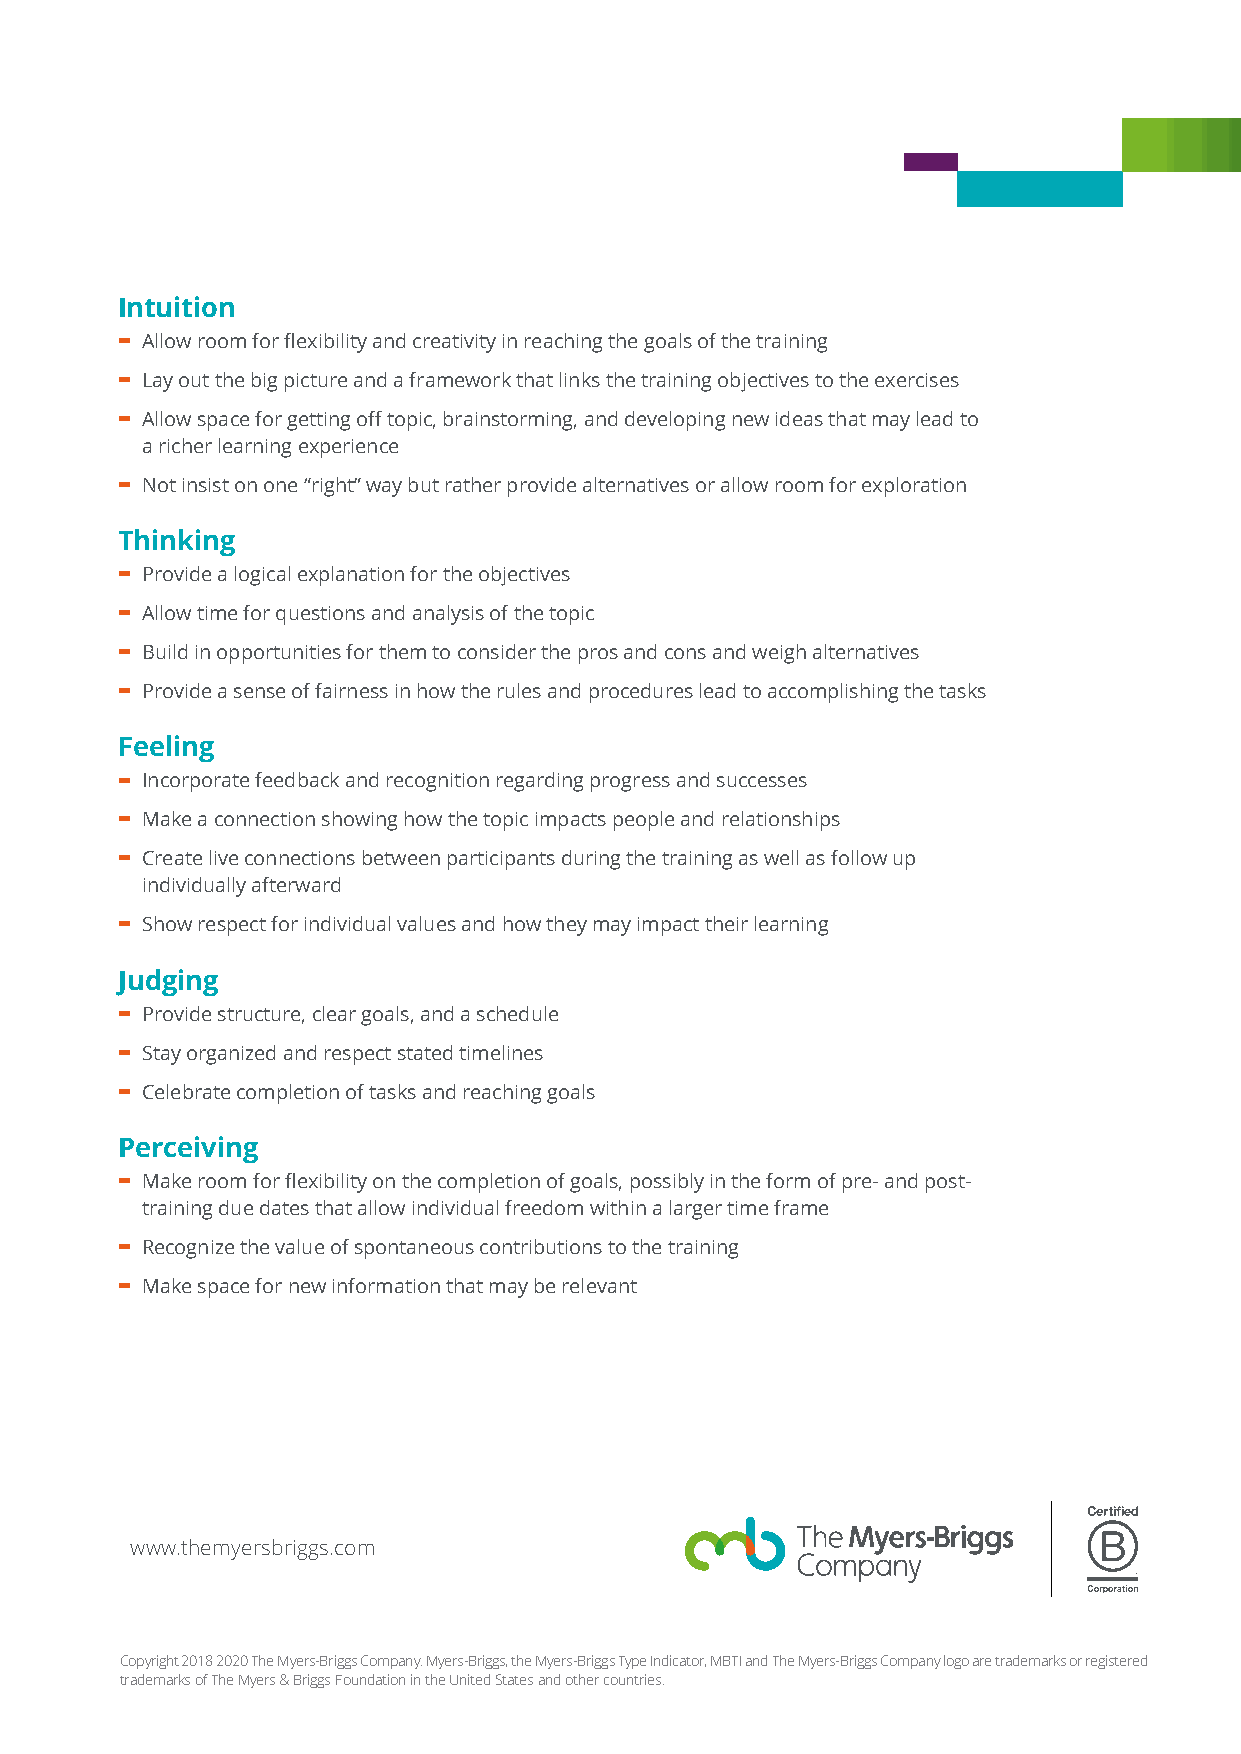
Intuition
 -
 Allow room for flexibility and creativity in reaching the goals of the training
 -
 Lay out the big picture and a framework that links the training objectives to the exercises
 -
 Allow space for getting off topic, brainstorming, and developing new ideas that may lead to
 a richer learning experience
 -
 Not insist on one “right” way but rather provide alternatives or allow room for exploration
 Thinking
 -
 Provide a logical explanation for the objectives
 -
 Allow time for questions and analysis of the topic
 -
 Build in opportunities for them to consider the pros and cons and weigh alternatives
 -
 Provide a sense of fairness in how the rules and procedures lead to accomplishing the tasks
 Feeling
 -
 Incorporate feedback and recognition regarding progress and successes
 -
 Make a connection showing how the topic impacts people and relationships
 -
 Create live connections between participants during the training as well as follow up
 individually afterward
 -
 Show respect for individual values and how they may impact their learning
 Judging
 -
 Provide structure, clear goals, and a schedule
 -
 Stay organized and respect stated timelines
 -
 Celebrate completion of tasks and reaching goals
 Perceiving
 -
 Make room for flexibility on the completion of goals, possibly in the form of pre- and post-
 training due dates that allow individual freedom within a larger time frame
 -
 Recognize the value of spontaneous contributions to the training
 -
 Make space for new information that may be relevant
 www.themyersbriggs.com
 Copyright 2018 2020 The Myers-Briggs Company. Myers-Briggs, the Myers-Briggs Type Indicator, MBTI and The Myers-Briggs Company logo are trademarks or registered
 trademarks of The Myers & Briggs Foundation in the United States and other countries.